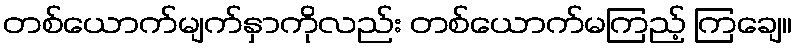
တစ်ယောက်မျက်နှာကိုလည်း တစ်ယောက်မကြည့် ကြချေ။